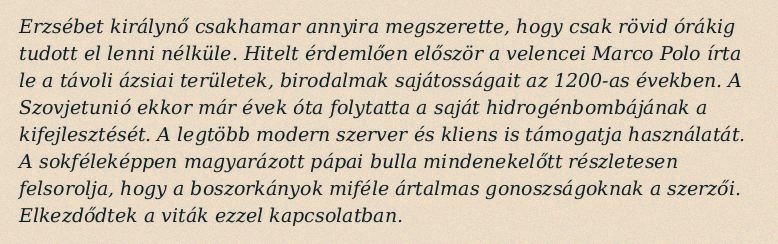
Erzsébet királynő csakhamar annyira megszerette, hogy csak rövid órákig tudott el lenni nélküle. Hitelt érdemlően először a velencei Marco Polo írta le a távoli ázsiai területek, birodalmak sajátosságait az 1200-as években. A Szovjetunió ekkor már évek óta folytatta a saját hidrogénbombájának a kifejlesztését. A legtöbb modern szerver és kliens is támogatja használatát. A sokféleképpen magyarázott pápai bulla mindenekelőtt részletesen felsorolja, hogy a boszorkányok miféle ártalmas gonoszságoknak a szerzői. Elkezdődtek a viták ezzel kapcsolatban.